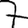
Digit: 7